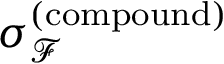
\sigma _ { \mathcal { F } } ^ { ( \mathrm { c o m p o u n d } ) }